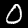
Digit: 0